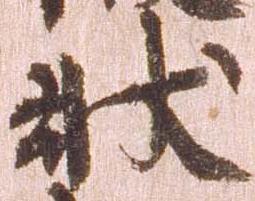
状